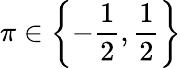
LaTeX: \pi\in\left\{ -\frac{1}{2},\frac{1}{2}\right\}